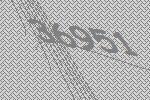
36951